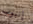
إنبوب